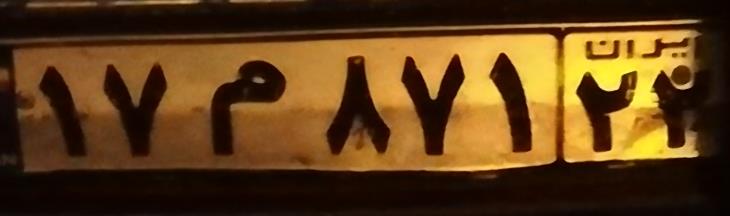
۱۷م۸۷۱۲۴